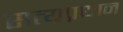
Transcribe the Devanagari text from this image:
सत्यप्रधान